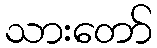
သားတော်